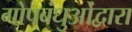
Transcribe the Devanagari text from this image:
गोपबंधुओंद्वारा